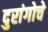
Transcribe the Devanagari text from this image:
दुरांगोचे